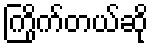
ကြိုက်တယ်ဆို